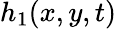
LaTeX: h_{1}(x,y,t)